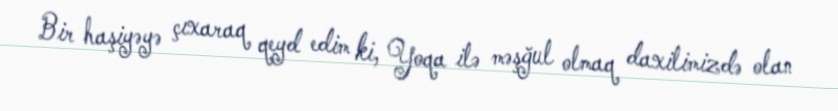
Bir haşiyəyə çıxaraq qeyd edim ki, Yoqa ilə məşğul olmaq daxilimizdə olan